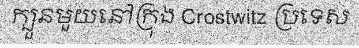
ក្បួនមួយនៅក្រុង Crostwitz ប្រទេស